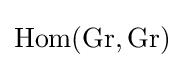
\mathrm {Hom} (\mathrm {Gr} ,\mathrm {Gr} )